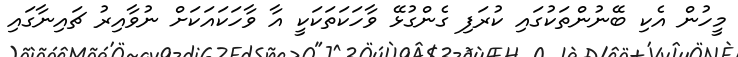
މީހުން އެކި ބޭނުންތަކުގައި ކުރަފި ގެންގުޅޭ ވާހަކަތަކަކީ އާ ވާހަކައަކަށް ނުވާއިރު ޗައިނާގައި